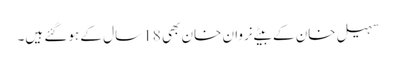
سہیل خان کے بیٹے نروان خان بھی 18 سال کے ہوگئے ہیں۔